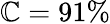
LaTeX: \mathbb{C}=91\%